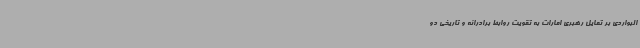
البواردی بر تمایل رهبری امارات به تقویت روابط برادرانه و تاریخی دو